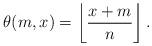
LaTeX: \begin{align*} \theta(m,x)=\left\lfloor\frac{x+m}n\right\rfloor. \end{align*}